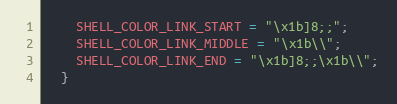
Language: C++
    SHELL_COLOR_LINK_START = "\x1b]8;;";
    SHELL_COLOR_LINK_MIDDLE = "\x1b\\";
    SHELL_COLOR_LINK_END = "\x1b]8;;\x1b\\";
  }